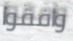
وافقوا